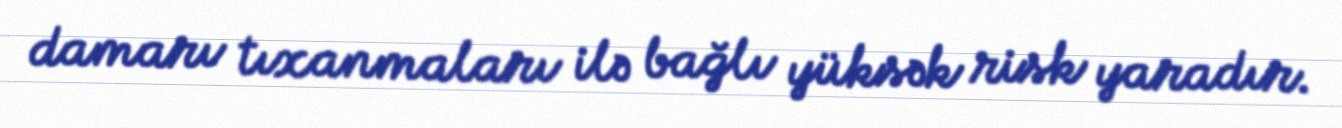
damarı tıxanmaları ilə bağlı yüksək risk yaradır.